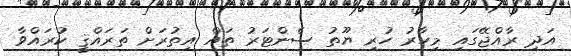
އަދި ރާއްޖޭގައި މިހާރު ހުރި ޔޫތު ސެންޓަރު ތައް އިތުރަށް ތަރައްޤީ ކުރައްވާ